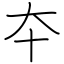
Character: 夲